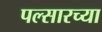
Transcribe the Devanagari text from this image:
पल्सारच्या